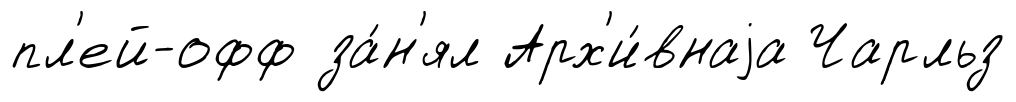
пл'ей-офф за́н'ял Арх'и́внаjа Чарльз